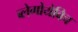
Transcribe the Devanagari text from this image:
ब्लेगोयेविच